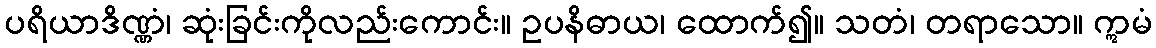
ပရိယာဒိဏ္ဏံ၊ ဆုံးခြင်းကိုလည်းကောင်း။ ဥပနိဓာယ၊ ထောက်၍။ သတံ၊ တရာသော။ ဣမံ